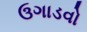
ઉગાડવો